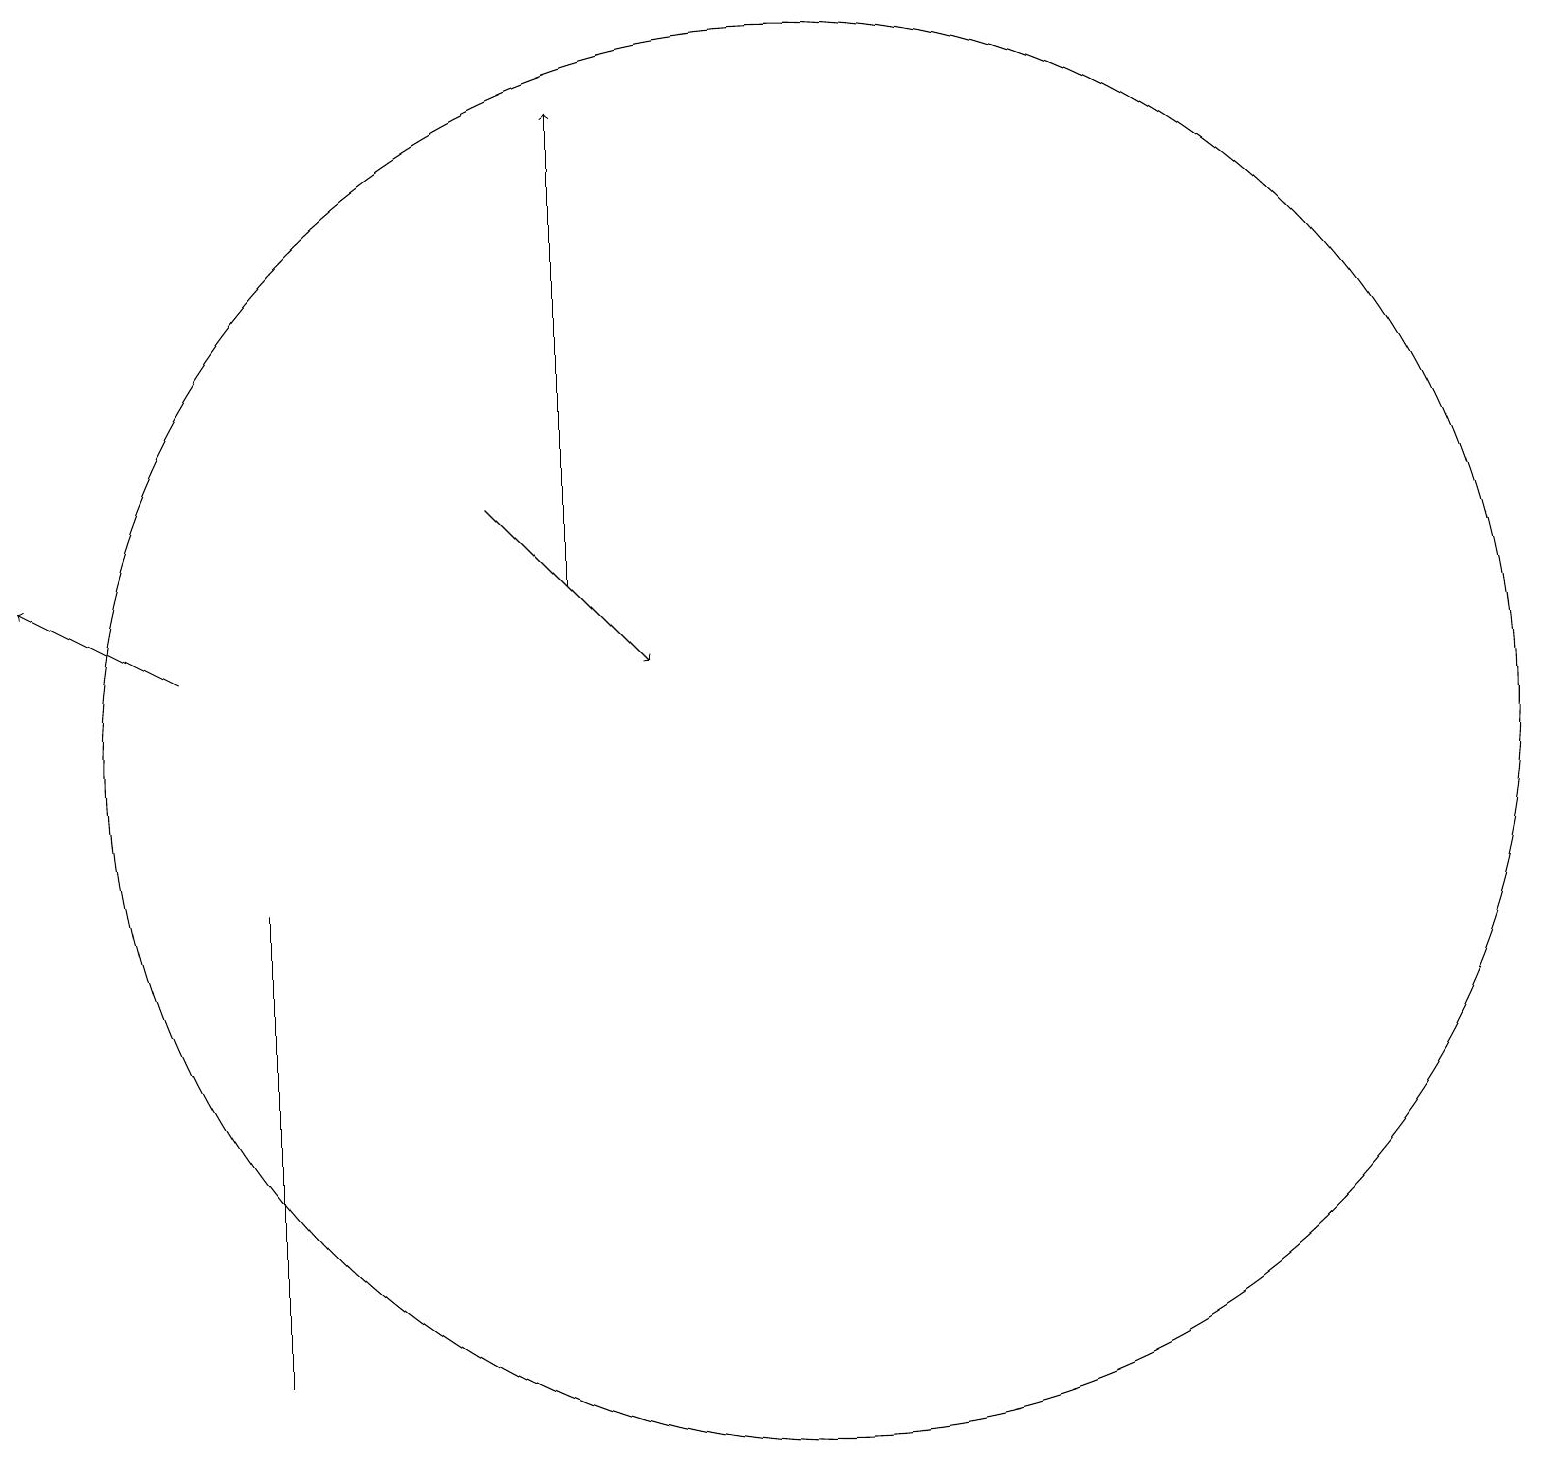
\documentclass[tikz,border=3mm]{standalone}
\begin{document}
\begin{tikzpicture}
\draw (3,8) -- (3,6) -- (3,2) -- cycle;
\draw[->] (7,12) -- (7,18);
\draw (10,10) circle (9);
\draw[->] (2,11) -- (0,12);
\draw[->] (6,13) -- (8,11);
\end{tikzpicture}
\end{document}